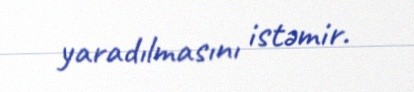
yaradılmasını istəmir.